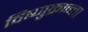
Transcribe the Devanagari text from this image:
विष्णुक्रान्ता